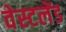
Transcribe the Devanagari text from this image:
वेस्टलेंड